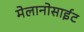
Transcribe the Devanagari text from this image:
मेलानोसाईट